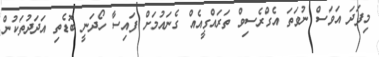
މިފަދަ އަވަސް ނުވަތަ އެގްރެސިވް ތަރައްގީއެއް ގެނައުމަށް ފައިސާ ހޯދަނީ ބޮޑެތި އަދަދުތަކުން